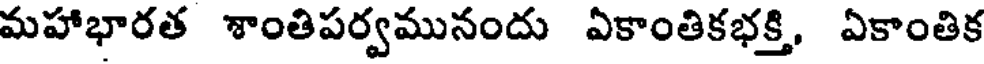
మహాభారత శాంతిపర్వమునందు ఏకాంతికభక్తి, ఏకాంతిక